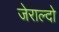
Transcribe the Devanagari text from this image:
जेराल्दो